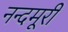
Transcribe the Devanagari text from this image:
नन्दमूरी